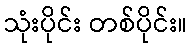
သုံးပိုင်း တစ်ပိုင်း။